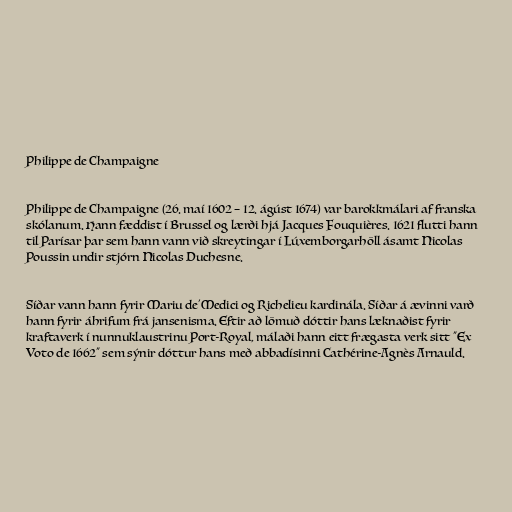
Philippe de Champaigne

Philippe de Champaigne (26. maí 1602 – 12. ágúst 1674) var barokkmálari af franska
skólanum. Hann fæddist í Brussel og lærði hjá Jacques Fouquières. 1621 flutti hann
til Parísar þar sem hann vann við skreytingar í Lúxemborgarhöll ásamt Nicolas
Poussin undir stjórn Nicolas Duchesne.

Síðar vann hann fyrir Mariu de'Medici og Richelieu kardinála. Síðar á ævinni varð
hann fyrir áhrifum frá jansenisma. Eftir að lömuð dóttir hans læknaðist fyrir
kraftaverk í nunnuklaustrinu Port-Royal, málaði hann eitt frægasta verk sitt "Ex
Voto de 1662" sem sýnir dóttur hans með abbadísinni Cathérine-Agnès Arnauld.